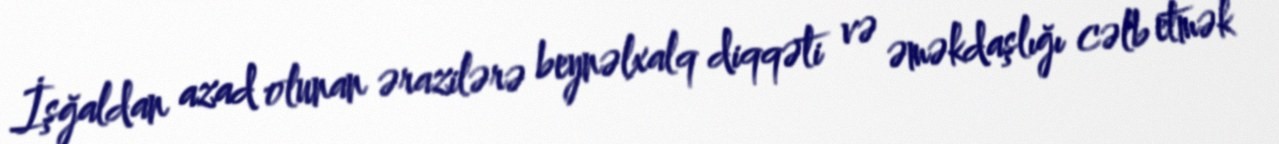
İşğaldan azad olunan ərazilərə beynəlxalq diqqəti və əməkdaşlığı cəlb etmək